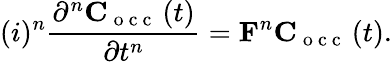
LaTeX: (i)^{n}\frac{\partial^{n}\mathbf C_{\mathrm{~o~c~c~}}\left(t\right)}{\partial t^{n}}=\mathbf F^{n}\mathbf C_{\mathrm{~o~c~c~}}\left(t\right).